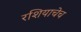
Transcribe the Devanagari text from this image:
रशियाचेच